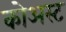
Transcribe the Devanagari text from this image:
कोअस्ट